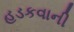
હડકવાની